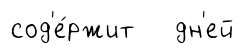
сод'е́ржит дн'ей